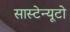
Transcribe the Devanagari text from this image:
सास्टेन्यूटो